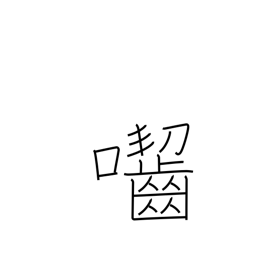
Meaning: gnaw